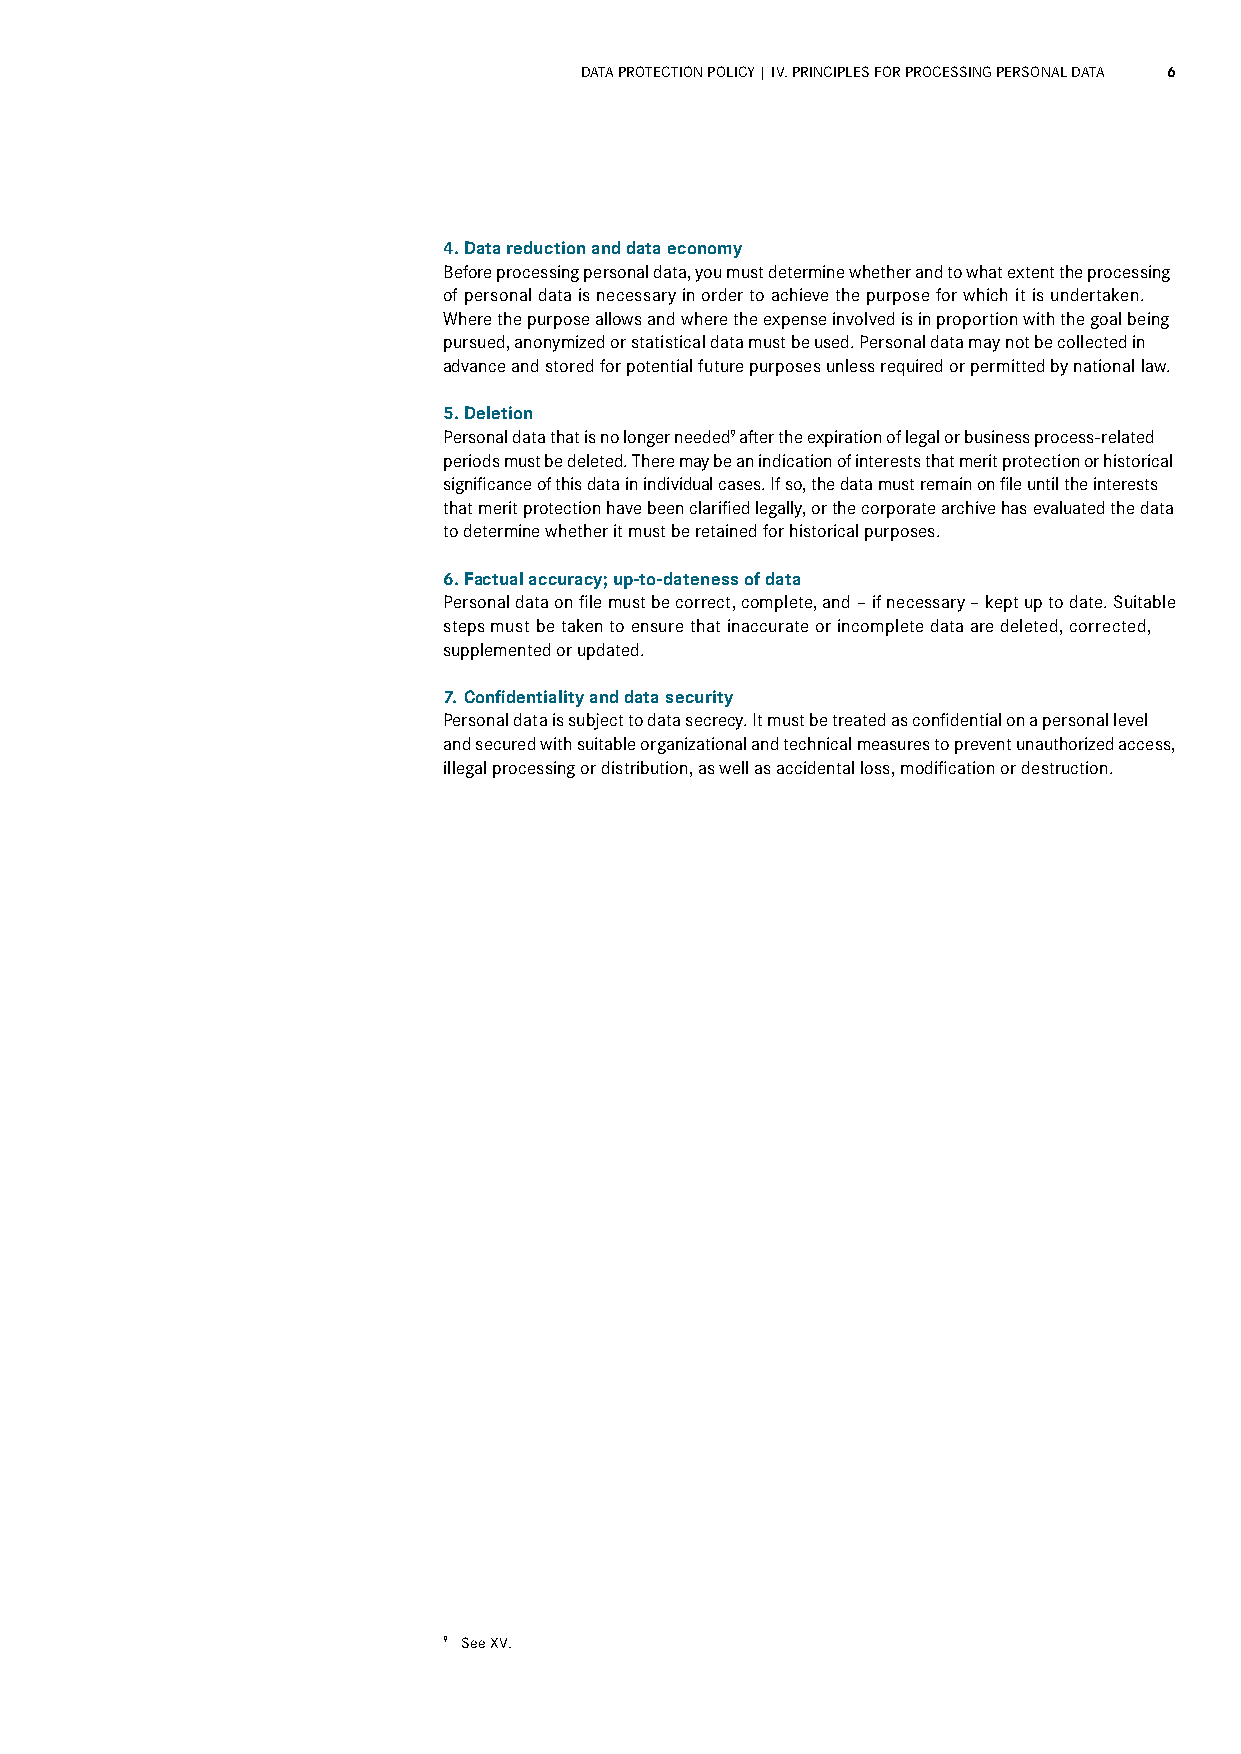
DATA PROTECTION POLICY | IV. PRINCIPLES FOR PROCESSING PERSONAL DATA 6
 4. Data reduction and data economy
 Before processing personal data, you must determine whether and to what extent the processing
 of personal data is necessary in order to achieve the purpose for which it is undertaken.
 Where the purpose allows and where the expense involved is in proportion with the goal being
 pursued, anonymized or statistical data must be used. Personal data may not be collected in
 advance and stored for potential future purposes unless required or permitted by national law.
 5. Deletion
 Personal data that is no longer needed9 after the expiration of legal or business process-related
 periods must be deleted. There may be an indication of interests that merit protection or historical
 significance of this data in individual cases. If so, the data must remain on file until the interests
 that merit protection have been clarified legally, or the corporate archive has evaluated the data
 to determine whether it must be retained for historical purposes.
 6. Factual accuracy; up-to-dateness of data
 Personal data on file must be correct, complete, and – if necessary – kept up to date. Suitable
 steps must be taken to ensure that inaccurate or incomplete data are deleted, corrected,
 supplemented or updated.
 7. Confidentiality and data security
 Personal data is subject to data secrecy. It must be treated as confidential on a personal level
 and secured with suitable organizational and technical measures to prevent unauthorized access,
 illegal processing or distribution, as well as accidental loss, modification or destruction.
 9 See XV.